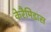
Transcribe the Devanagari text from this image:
केरैमिडास